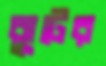
ঝুটের